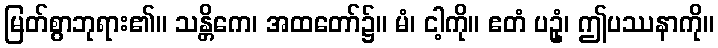
မြတ်စွာဘုရား၏။ သန္တိကေ၊ အထတော်၌။ မံ၊ ငါ့ကို။ ဧတံ ပဥှံ၊ ဤပဿနာကို။